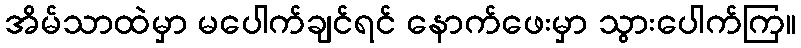
အိမ်သာထဲမှာ မပေါက်ချင်ရင် နောက်ဖေးမှာ သွားပေါက်ကြ။